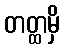
တတ္ထမှိ